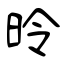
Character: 昤